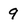
Character: 9